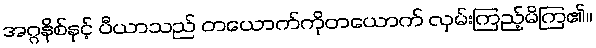
အဂ္ဂနိစ်နှင့် ပီယာသည် တယောက်ကိုတယောက် လှမ်းကြည့်မိကြ၏။